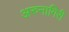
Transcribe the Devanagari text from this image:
अरुनागिरी